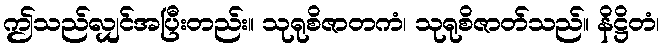
ဤသည်လျှင်အပြီးတည်း။ သုရုစိဇာတကံ၊ သုရုစိဇာတ်သည်။ နိဋ္ဌိတံ၊